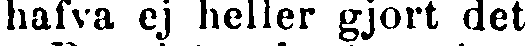
hafva ej heller gjort det